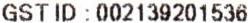
GST ID : 002139201536